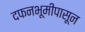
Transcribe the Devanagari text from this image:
दफनभूमीपासून